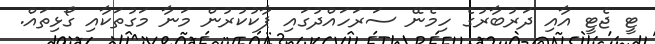
ޓީ ޖެޓީ އާއި ދަރުބާރުގެ ހިމެނޭ ސަރަހައްދުގައި ޕާކުކުރުން މަނާ މަގުތަކާއި ގޯޅިތައް.